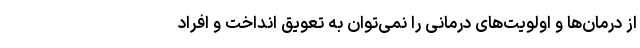
از درمان‌ها و اولویت‌های درمانی را نمی‌توان به تعویق انداخت و افراد